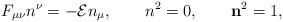
\begin{align*}F_{\mu\nu}n^{\nu}=-{\cal E}n_{\mu}, \qquad n^{2}=0, \qquad {\bf n}^{2}=1,\end{align*}